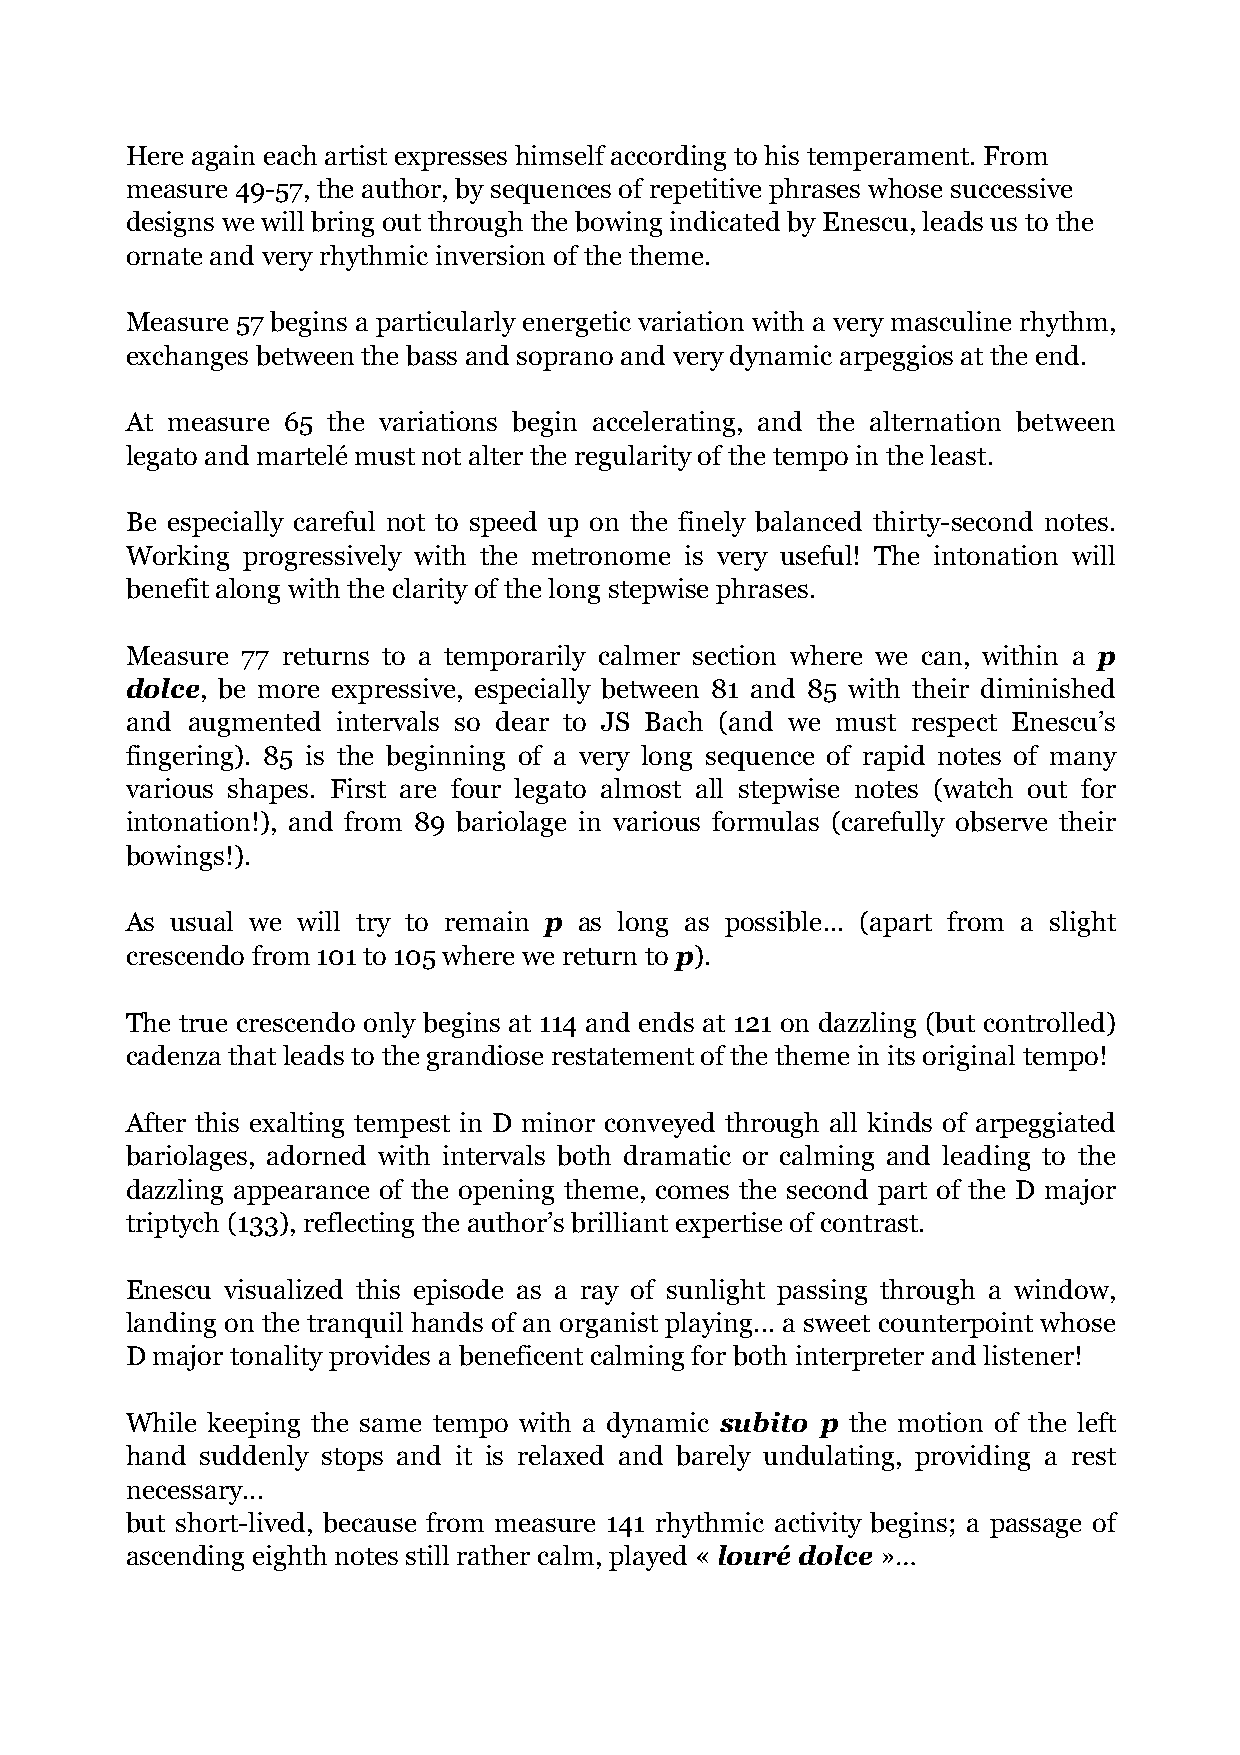
Here again each artist expresses himself according to his temperament. From
 measure 49-57, the author, by sequences of repetitive phrases whose successive
 designs we will bring out through the bowing indicated by Enescu, leads us to the
 ornate and very rhythmic inversion of the theme.
 Measure 57 begins a particularly energetic variation with a very masculine rhythm,
 exchanges between the bass and soprano and very dynamic arpeggios at the end.
 At measure 65 the variations begin accelerating, and the alternation between
 legato and martelé must not alter the regularity of the tempo in the least.
 Be especially careful not to speed up on the finely balanced thirty-second notes.
 Working progressively with the metronome is very useful! The intonation will
 benefit along with the clarity of the long stepwise phrases.
 Measure 77 returns to a temporarily calmer section where we can, within a p
 dolce, be more expressive, especially between 81 and 85 with their diminished
 and augmented intervals so dear to JS Bach (and we must respect Enescu’s
 fingering). 85 is the beginning of a very long sequence of rapid notes of many
 various shapes. First are four legato almost all stepwise notes (watch out for
 intonation!), and from 89 bariolage in various formulas (carefully observe their
 bowings!).
 As usual we will try to remain p as long as possible... (apart from a slight
 crescendo from 101 to 105 where we return to p).
 The true crescendo only begins at 114 and ends at 121 on dazzling (but controlled)
 cadenza that leads to the grandiose restatement of the theme in its original tempo!
 After this exalting tempest in D minor conveyed through all kinds of arpeggiated
 bariolages, adorned with intervals both dramatic or calming and leading to the
 dazzling appearance of the opening theme, comes the second part of the D major
 triptych (133), reflecting the author’s brilliant expertise of contrast.
 Enescu visualized this episode as a ray of sunlight passing through a window,
 landing on the tranquil hands of an organist playing... a sweet counterpoint whose
 D major tonality provides a beneficent calming for both interpreter and listener!
 While keeping the same tempo with a dynamic subito p the motion of the left
 hand suddenly stops and it is relaxed and barely undulating, providing a rest
 necessary...
 but short-lived, because from measure 141 rhythmic activity begins; a passage of
 ascending eighth notes still rather calm, played « louré dolce »…